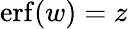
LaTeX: \operatorname{erf}(w)=z